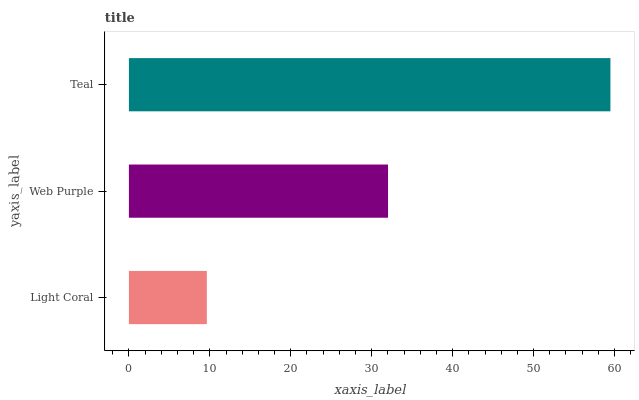
| yaxis_label | bars |
 | --- | --- |
 | Light Coral | 9.63 |
 | Web Purple | 32 |
 | Teal | 59.5 |